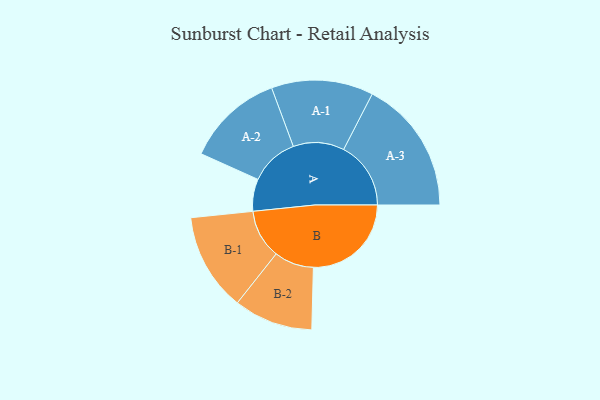
{"axis": {"x": "Segment", "y": "Value"}, "legend": ["", "A", "B"], "data": [{"x": "A", "y": 113, "type": ""}, {"x": "B", "y": 344, "type": ""}, {"x": "A-1", "y": 179, "type": "A"}, {"x": "A-2", "y": 171, "type": "A"}, {"x": "A-3", "y": 236, "type": "A"}, {"x": "B-1", "y": 172, "type": "B"}, {"x": "B-2", "y": 139, "type": "B"}]}